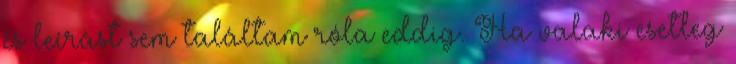
és leírást sem találtam róla eddig. Ha valaki esetleg